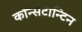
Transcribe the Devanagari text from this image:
कॉन्सटान्टिन